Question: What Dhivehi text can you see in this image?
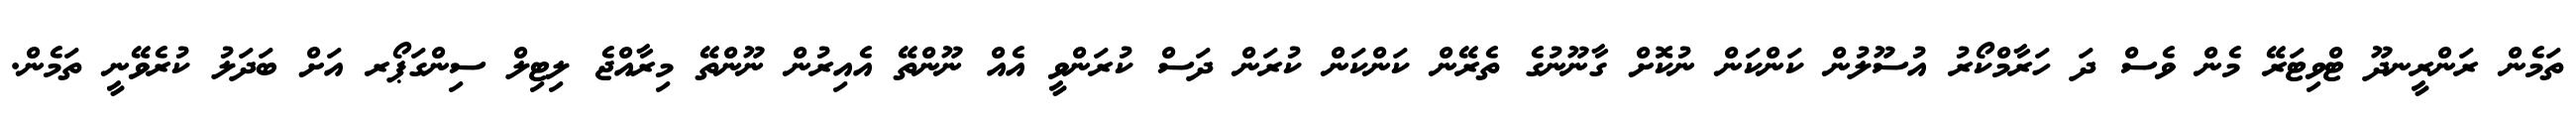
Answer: ތަމެން ރަންރީނދޫ ޓްވިޓަރޭ މެން ވެސް ދަ ހަރާމްކޯރު އުސޫލުން ކަންކަން ނުކޮށް ގާނޫނުގެ ތެރޭން ކަންކަން ކުރަން ދަސް ކުރަންވީ އެއް ނޫންތޭ އެއިރުން ނޫންތޭ މިރާއްޖެ ލިޓިލް ސިންގަޕޯރ އަށް ބަދަލު ކުރެވޭނީ ތަމެން.